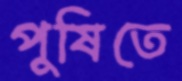
পুষিতে